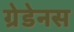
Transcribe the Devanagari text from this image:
ग्रेडेनस